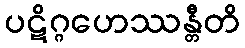
ပဋိဂ္ဂဟေဿန္တီတိ